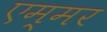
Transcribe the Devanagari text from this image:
एम्मर